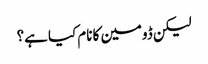
لیکن ڈومین کا نام کیا ہے؟